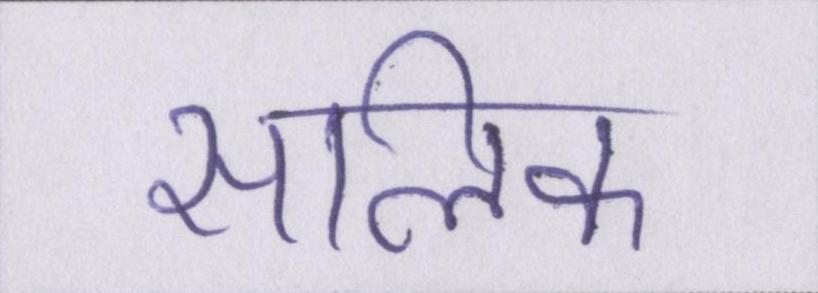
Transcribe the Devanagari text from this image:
सालिक